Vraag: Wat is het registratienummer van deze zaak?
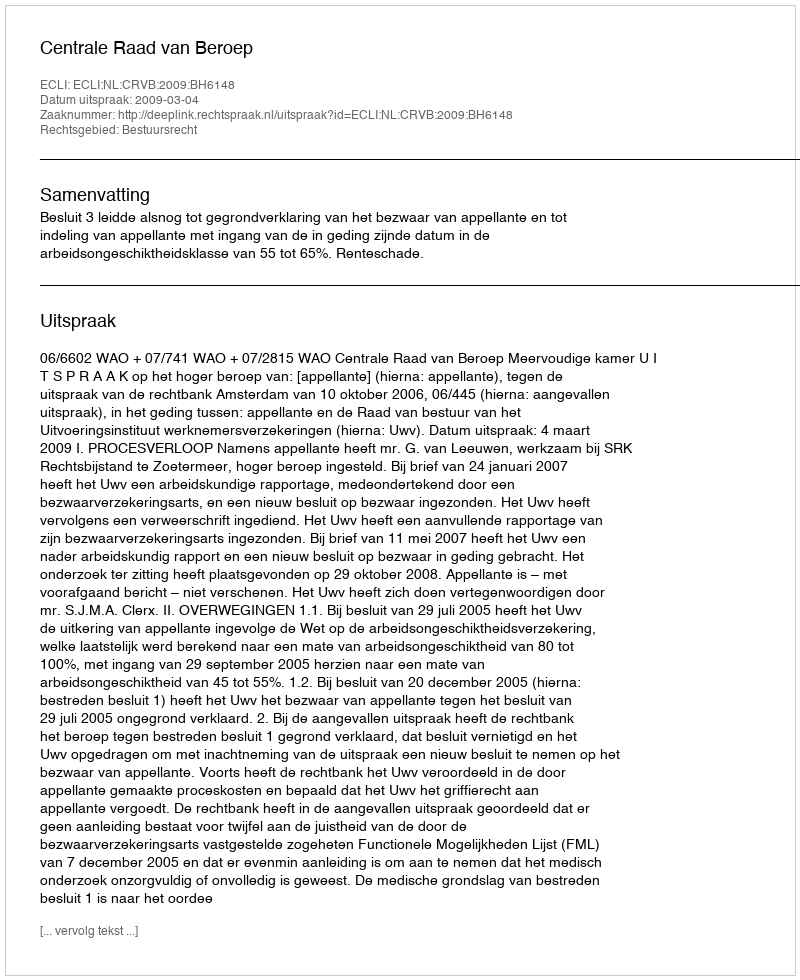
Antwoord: http://deeplink.rechtspraak.nl/uitspraak?id=ECLI:NL:CRVB:2009:BH6148